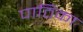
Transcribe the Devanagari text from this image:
पाठिका